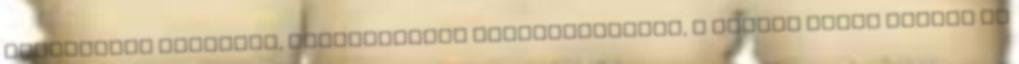
készülékek egyszerű, haladéktalan kezelhetőségét, a vezető menet közben is